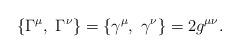
LaTeX: \begin{align*}\{\Gamma^\mu,~\Gamma^\nu \} = \{\gamma^\mu,~\gamma^\nu\} = 2g^{\mu\nu}.\end{align*}